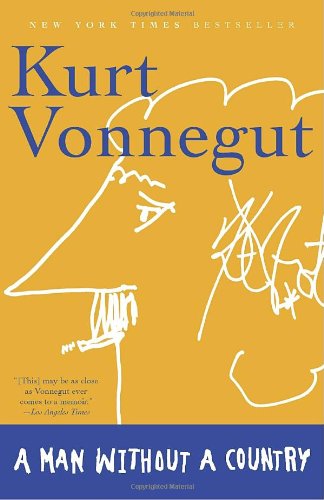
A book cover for A Man Without a Country; Kurt Vonnegut; Literature & Fiction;